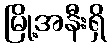
မြို့အနီးရှိ